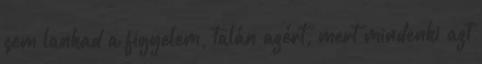
sem lankad a figyelem, talán azért, mert mindenki azt